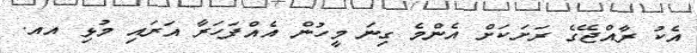
އެކު ރާއްޖޭގެ ރަށަކަށް އެންމެ ގިނަ މީހުން އެއްފަހަރާ އަރައި މުޅި އއ.